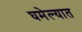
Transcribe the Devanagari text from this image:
घमेल्यात